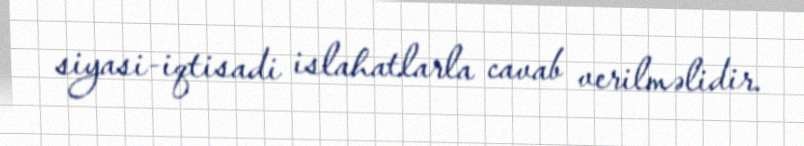
siyasi-iqtisadi islahatlarla cavab verilməlidir.